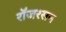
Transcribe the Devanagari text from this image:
रॉजरसन